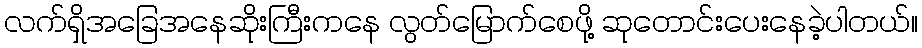
လက်ရှိအခြေအနေဆိုးကြီးကနေ လွတ်မြောက်စေဖို့ ဆုတောင်းပေးနေခဲ့ပါတယ်။